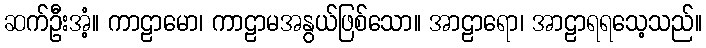
ဆက်ဦးအံ့။ ကာဠာမော၊ ကာဠာမအနွယ်ဖြစ်သော။ အာဠာရော၊ အာဠာရရသေ့သည်။